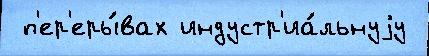
 п'ер'еры́вах индустр'иа́льнуjу